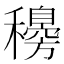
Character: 𥣰